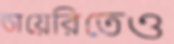
ডায়েরিতেও